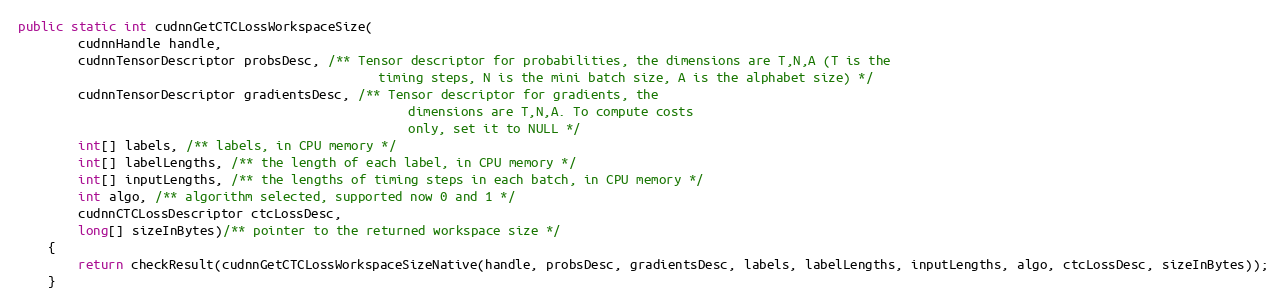
Language: Java
public static int cudnnGetCTCLossWorkspaceSize(
        cudnnHandle handle,
        cudnnTensorDescriptor probsDesc, /** Tensor descriptor for probabilities, the dimensions are T,N,A (T is the
                                                timing steps, N is the mini batch size, A is the alphabet size) */
        cudnnTensorDescriptor gradientsDesc, /** Tensor descriptor for gradients, the
                                                    dimensions are T,N,A. To compute costs
                                                    only, set it to NULL */
        int[] labels, /** labels, in CPU memory */
        int[] labelLengths, /** the length of each label, in CPU memory */
        int[] inputLengths, /** the lengths of timing steps in each batch, in CPU memory */
        int algo, /** algorithm selected, supported now 0 and 1 */
        cudnnCTCLossDescriptor ctcLossDesc,
        long[] sizeInBytes)/** pointer to the returned workspace size */
    {
        return checkResult(cudnnGetCTCLossWorkspaceSizeNative(handle, probsDesc, gradientsDesc, labels, labelLengths, inputLengths, algo, ctcLossDesc, sizeInBytes));
    }